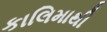
કાલિમાથી